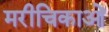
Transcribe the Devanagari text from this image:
मरीचिकाओं